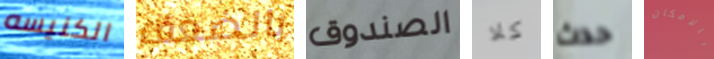
الكنيسه بالضعف الصندوق كلا حدث بالامكان